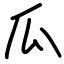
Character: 瓜